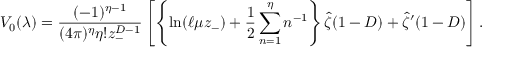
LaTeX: V _ { 0 } ( \lambda ) = { \frac { ( - 1 ) ^ { \eta - 1 } } { ( 4 \pi ) ^ { \eta } \eta ! z _ { - } ^ { D - 1 } } } \left[ \left\{ \ln ( \ell \mu z _ { - } ) + { \frac { 1 } { 2 } } \sum _ { n = 1 } ^ { \eta } n ^ { - 1 } \right\} \hat { \zeta } ( 1 - D ) + \hat { \zeta } ^ { \prime } ( 1 - D ) \right] .